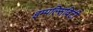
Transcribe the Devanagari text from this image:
इम्पल्सिविटी